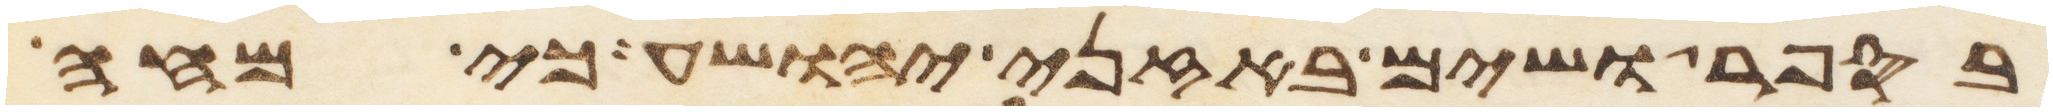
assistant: בספר ושים באזני יהושע כי מחה